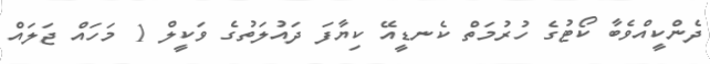
ދެންކީއްވެބާ ކޯޓުގެ ހުރުމަތް ކެނޑީއޭ ކިޔާފަ ދައުލަތުގެ ވަކީލް 1 މަހައް ޖަލައް